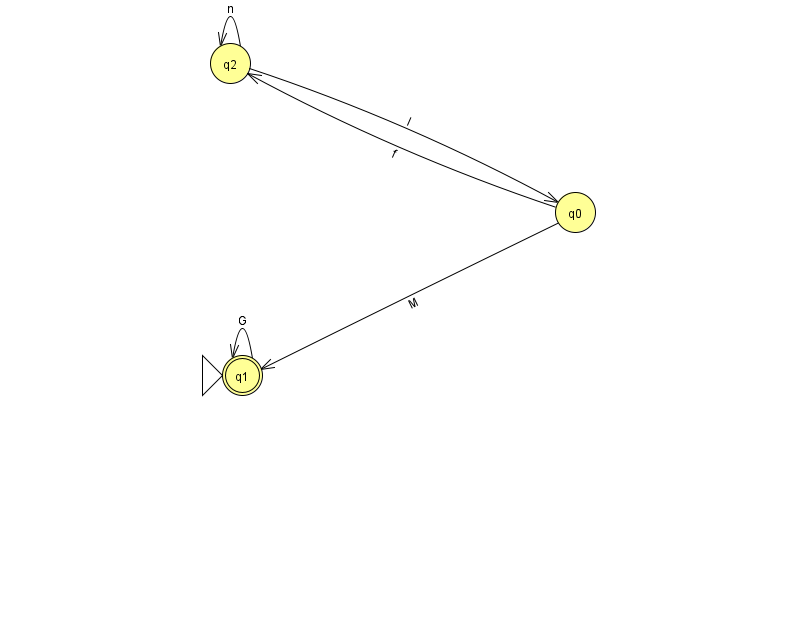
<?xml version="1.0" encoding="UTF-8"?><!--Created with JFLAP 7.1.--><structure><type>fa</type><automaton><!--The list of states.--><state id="0" name="q0"><x>575.0</x><y>199.0</y></state><state id="1" name="q1"><x>242.0</x><y>362.0</y><initial/><final/></state><state id="2" name="q2"><x>230.0</x><y>50.0</y></state><!--The list of transitions.--><transition><from>0</from><to>1</to><read>M</read></transition><transition><from>0</from><to>2</to><read>f</read></transition><transition><from>1</from><to>1</to><read>G</read></transition><transition><from>2</from><to>0</to><read>I</read></transition><transition><from>2</from><to>2</to><read>n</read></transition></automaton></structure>